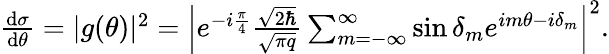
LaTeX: \begin{array}{r}{\frac{\mathrm{d}\sigma}{\mathrm{d}\theta}=|g(\theta)|^{2}=\left|e^{-i\frac{\pi}{4}}\frac{\sqrt{2\hbar}}{\sqrt{\pi q}}\sum_{m=-\infty}^{\infty}\sin{\delta_{m}}e^{im\theta-i\delta_{m}}\right|^{2}.}\end{array}